Scottish Leaving Certificate Examination, 1956
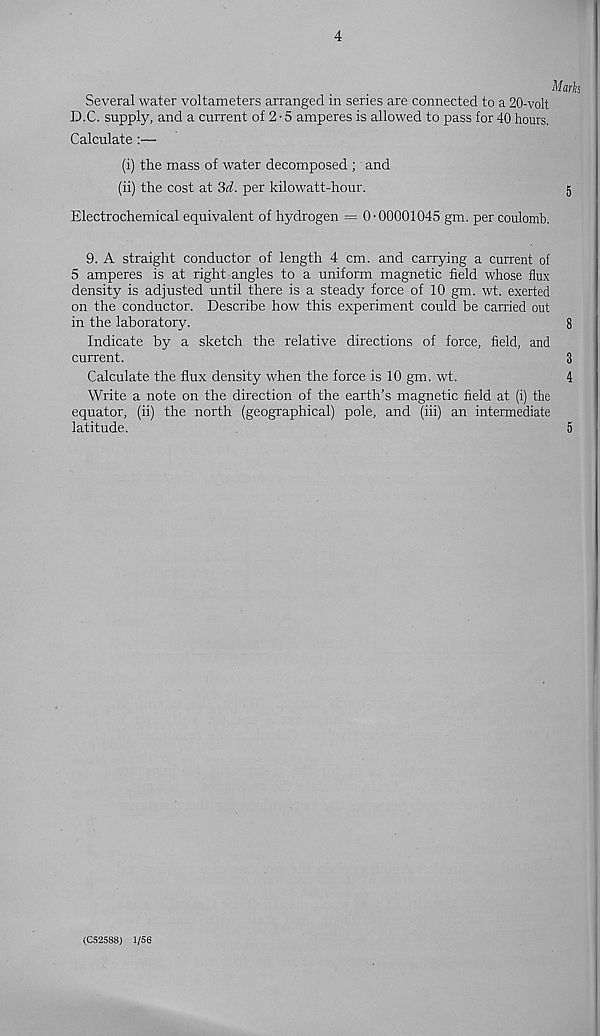
4
Mark
Several water voltameters arranged in series are connected to a 20-volt
D.C. supply, and a current of 2 • 5 amperes is allowed to pass for 40 hours.
Calculate:—
(i) the mass of water decomposed ; and
(ii) the cost at 3d. per kilowatt-hour.
5
Electrochemical equivalent of hydrogen = 0-00001045 gm. per coulomb.
9. A straight conductor of length 4 cm. and carrying a current of
5 amperes is at right angles to a uniform magnetic field whose flux
density is adjusted until there is a steady force of 10 gm. wt. exerted
on the conductor. Describe how this experiment could be carried out
in the laboratory.
8
Indicate by a sketch the relative directions of force, field, and
current.
3
Calculate the flux density when the force is 10 gm. wt.
4
Write a note on the direction of the earth's magnetic field at (i) the
equator, (ii) the north (geographical) pole, and (iii) an intermediate
latitude.
5
(C52588) 1/56